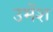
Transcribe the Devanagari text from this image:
उमेंश